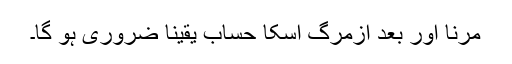
مرنا اور بعد ازمرگ اسکا حساب یقینا ضروری ہو گا۔